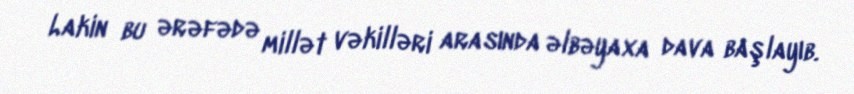
Lakin bu ərəfədə millət vəkilləri arasında əlbəyaxa dava başlayıb.